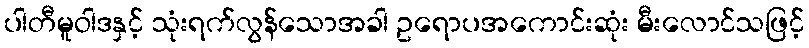
ပါတီမူဝါဒနှင့် သုံးရက်လွန်သောအခါ ဥရောပအကောင်းဆုံး မီးလောင်သဖြင့်